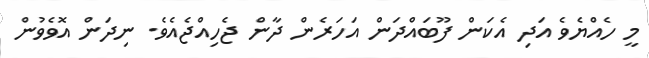
މީ ހެއްޔެވެ އަދި އެކަން ފޫބައްދަން އަހަރެން ދާން ޖެހިއްޖެއެވެ. ނިދަން އޮވެވުން